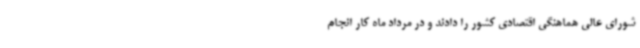
شورای عالی هماهنگی اقتصادی کشور را دادند و در مرداد ماه کار انجام